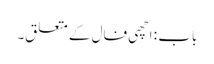
باب : اچھی فال کے متعلق۔